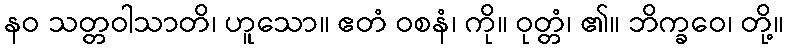
နဝ သတ္တဝါသာတိ၊ ဟူသော။ ဧတံ ဝစနံ၊ ကို။ ဝုတ္တံ၊ ၏။ ဘိက္ခဝေ၊ တို့။